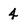
Character: 4